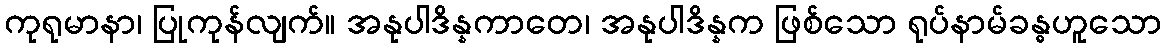
ကုရုမာနာ၊ ပြုကုန်လျက်။ အနုပါဒိန္နကာတေ၊ အနုပါဒိန္နက ဖြစ်သော ရုပ်နာမ်ခန္ဓဟူသော